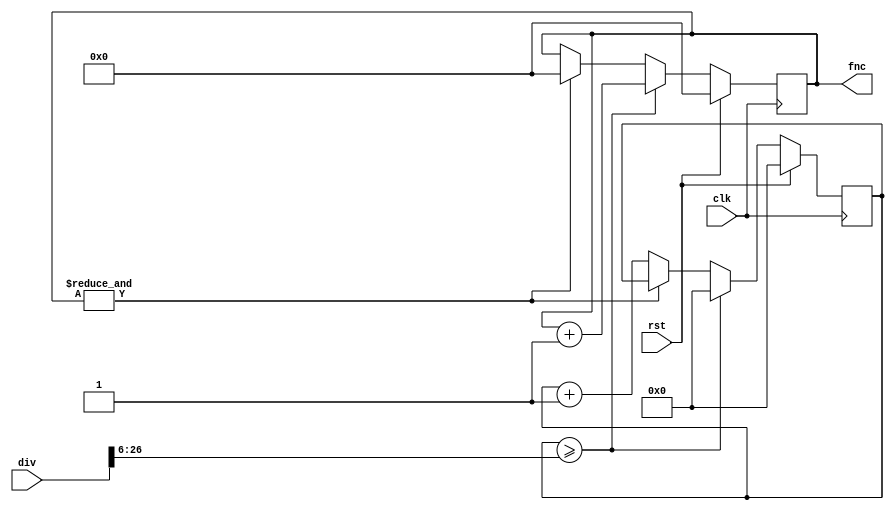
/*
124 Timing Errors @ 200MHz
*/
module saw (
    input clk,  // clock
    input rst,  // reset
    input [26 : 0] div,
    output [5:0] fnc
  );
  
  //parameter clk_freq=27'd100_000_000;
  //reg [26 : 0] div;
  reg [26 : 0] counter; //therefore countermax is 26'
  reg [20 : 0] min_div;
  reg [5 : 0] fnc_d,fnc_q;
  assign fnc=fnc_q;
   
  initial begin
    //div=clk_freq/freq; //div max is 26bits
  end
  
  /* Combinational Logic */
  always @* begin
    min_div=div>>6;
    fnc_d = fnc_q+1;
  end
  
  /* Sequential Logic */
  always @(posedge clk) begin
    if (rst) begin
      // Add flip-flop reset values here
      counter <= 27'b0;
      fnc_q <= 5'b0;
    end else if(counter>=min_div) begin
      counter <= 27'd0;
      fnc_q <= fnc_d;
    end else if(&fnc_q==1) begin
      fnc_q <=6'b0;
    end else begin
      // Add flip-flop q <= d statements here
      counter <= counter+1'b1;
      
    end
  end
  
endmodule